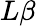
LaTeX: L\beta